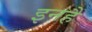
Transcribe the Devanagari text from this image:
इनहैं